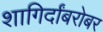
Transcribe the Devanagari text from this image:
शागिर्दांबरोबर